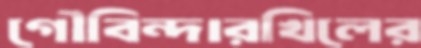
গৌবিন্দারখিলের